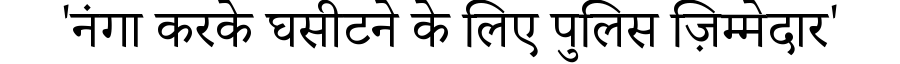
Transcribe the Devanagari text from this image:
'नंगा करके घसीटने के लिए पुलिस ज़िम्मेदार'